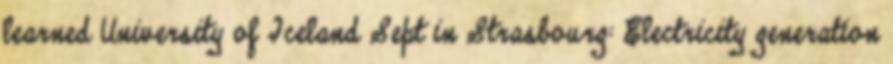
learned University of Iceland Sept in Strasbourg: Electricity generation